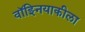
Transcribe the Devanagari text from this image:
वॉझ्नियाकीला